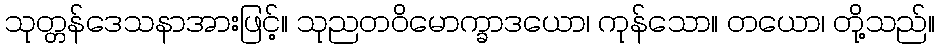
သုတ္တန်ဒေသနာအားဖြင့်။ သုညတဝိမောက္ခာဒယော၊ ကုန်သော။ တယော၊ တို့သည်။